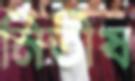
নিতীষ